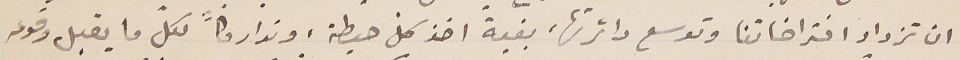
ان تزداد افتراضاتنا وتوسع دائرتها، بغية اخذ كل حيطة وتداركاً، لكل ما يقبل وقوعه